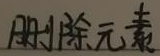
删除元素